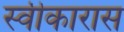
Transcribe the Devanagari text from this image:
स्वीकारास